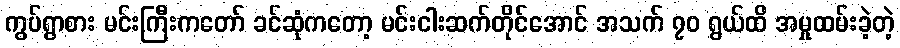
ကွပ်ရွာစား မင်းကြီးကတော် ခင်ဆုံကတော့ မင်းငါးဆက်တိုင်အောင် အသက် ၇၀ ရွယ်ထိ အမှုထမ်းခဲ့တဲ့